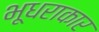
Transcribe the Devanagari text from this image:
भूधराकार